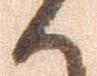
ハ